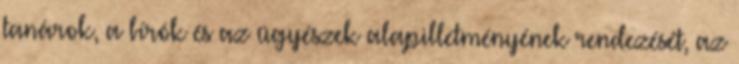
tanárok, a bírók és az ügyészek alapilletményének rendezését, az